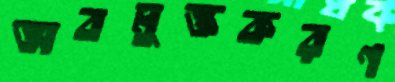
অবমুক্তকরণ